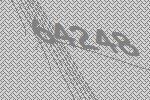
64248